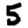
Digit: 5